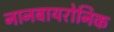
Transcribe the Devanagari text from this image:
नानबायरोनिक